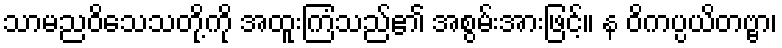
သာမညဝိသေသတို့ကို အထူးကြံသည်၏ အစွမ်းအားဖြင့်။ န ဝိကပ္ပယိတဗ္ဗာ၊